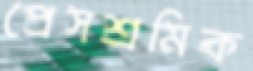
প্রেসশ্রমিক